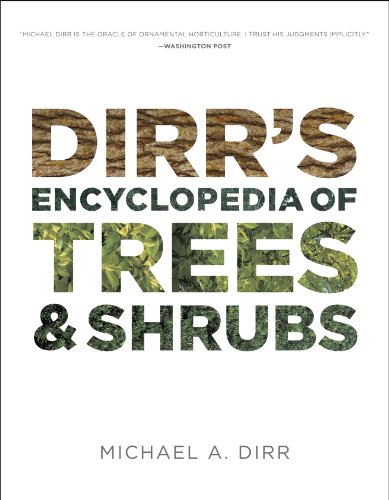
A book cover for Dirr's Encyclopedia of Trees and Shrubs; Michael A. Dirr; Crafts, Hobbies & Home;